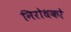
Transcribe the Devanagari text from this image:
निरोधको